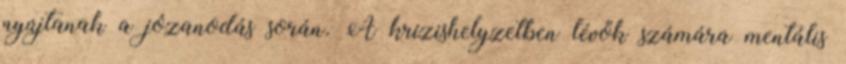
nyújtanak a józanodás során. A krízishelyzetben lévők számára mentális